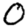
Digit: 0